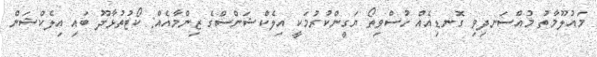
މައުލޫމާތު މުއްސަނދިވި ގޮނޑިއެއް ހުސްވިތޯ ޔަގީންކުރުމަކީ އިލެކްޝަންސްގެ ޒިންމާއެއް: ކޯޓުތުޅާދޫ ބައި އިލެކްޝަން